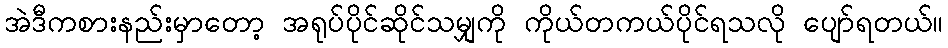
အဲဒီကစားနည်းမှာတော့ အရုပ်ပိုင်ဆိုင်သမျှကို ကိုယ်တကယ်ပိုင်ရသလို ပျော်ရတယ်။